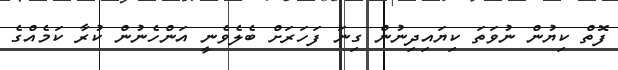
ފޮތް ކިޔުން ނުވަތަ ކިޔައިދިނުން ގިނަ ފަހަރަށް ބެލެވެނީ އަންހެނުން ކުރާ ކަމެއްގެ